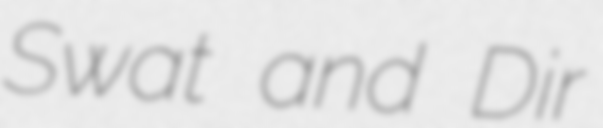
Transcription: Swat and Dir